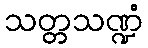
သတ္တသဏ္ဍံ